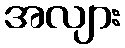
အလျား